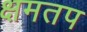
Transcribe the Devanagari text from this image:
क्षमतप